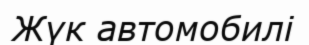
Жүк автомобилі